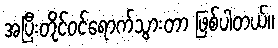
အပြီးတိုင်ဝင်ရောက်သွားတာ ဖြစ်ပါတယ်။